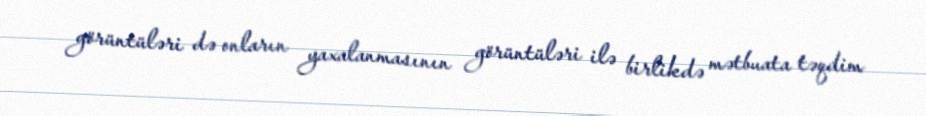
görüntüləri də onların yaxalanmasının görüntüləri ilə birlikdə mətbuata təqdim